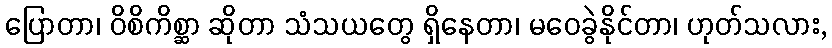
ပြောတာ၊ ဝိစိကိစ္ဆာ ဆိုတာ သံသယတွေ ရှိနေတာ၊ မဝေခွဲနိုင်တာ၊ ဟုတ်သလား,